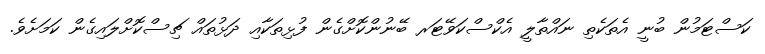
ކަސްޓަމުން ބުނީ އެތަކެތި ނައްތާލީ އެކްސްކަވޭޓަރ ބޭނުންކޮށްގެން ފުޅިތަކާއި ދަޅުތައް ޗިސްކޮށްލައިގެން ކަމަށެވެ.